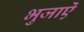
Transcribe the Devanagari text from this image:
भुजाऐं